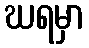
ဃရမှာ